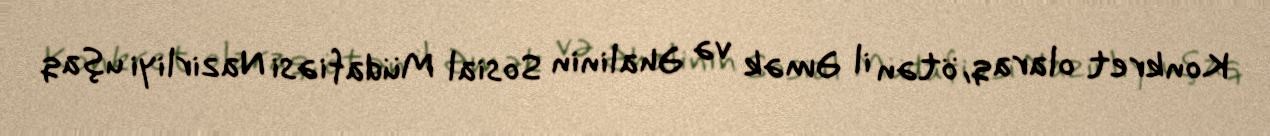
Konkret olaraq, ötən il Əmək və Əhalinin Sosial Müdafiəsi Nazirliyi uşaq